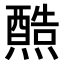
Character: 𤐿